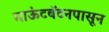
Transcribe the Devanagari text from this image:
माऊंटबॅटनपासून